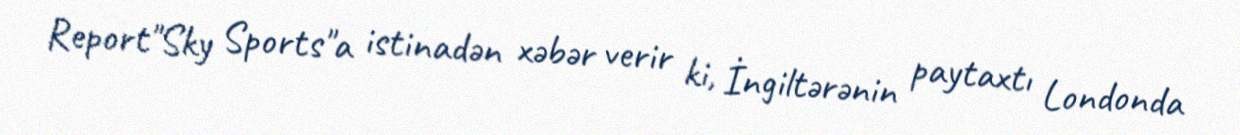
Report"Sky Sports"a istinadən xəbər verir ki, İngiltərənin paytaxtı Londonda